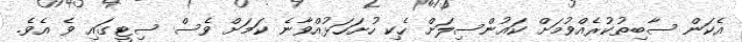
އެކަން ސާބިތުކުރެއްވުމަށް ކައުންސިލަށް ހެކި ހުށަހަޅުއްވާނެ ކަމަށް ވެސް ސިޓީގައި ވެ އެވެ.